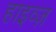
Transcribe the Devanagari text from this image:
हाइव्ज़